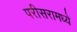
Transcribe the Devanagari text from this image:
परीसरामध्ये